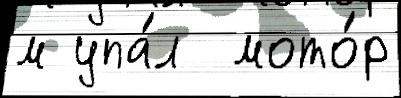
м упа́л  мото́р